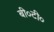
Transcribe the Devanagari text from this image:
बी०टी०